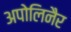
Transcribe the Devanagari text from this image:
अपोलिनैर